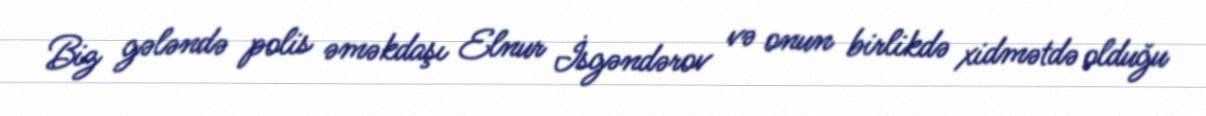
Biz gələndə polis əməkdaşı Elnur İsgəndərov və onun birlikdə xidmətdə olduğu